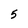
Character: 5